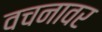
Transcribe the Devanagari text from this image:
वचनावर